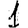
Digit: 1